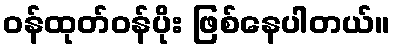
ဝန်ထုတ်ဝန်ပိုး ဖြစ်နေပါတယ်။